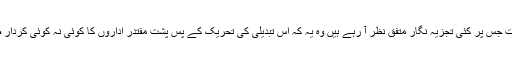
تاہم ایک بات جس پر کئی تجزیہ نگار متفق نظر آ رہے ہیں وہ یہ کہ اس تبدیلی کی تحریک کے پس پشت مقتدر اداروں کا کوئی نہ کوئی کردار ضرور ہے۔